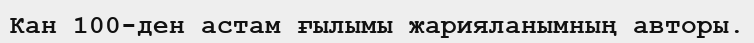
Кан 100-ден астам ғылымы жарияланымның авторы.